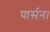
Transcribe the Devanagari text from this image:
पार्सन।